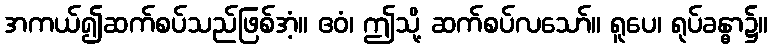
အကယ်၍ဆက်စပ်သည်ဖြစ်အံ့။ ဧဝံ၊ ဤသို့ ဆက်စပ်လသော်။ ရူပေ၊ ရုပ်ခန္ဓာ၌။